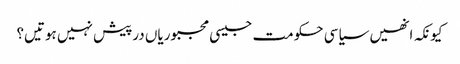
کیونکہ انھیں سیاسی حکومت جیسی مجبوریاں درپیش نہیں ہوتیں؟